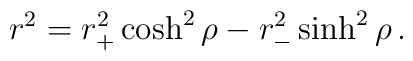
r^2 = r_+^2 \cosh^2 \rho -r_-^2 \sinh^2 \rho \,.